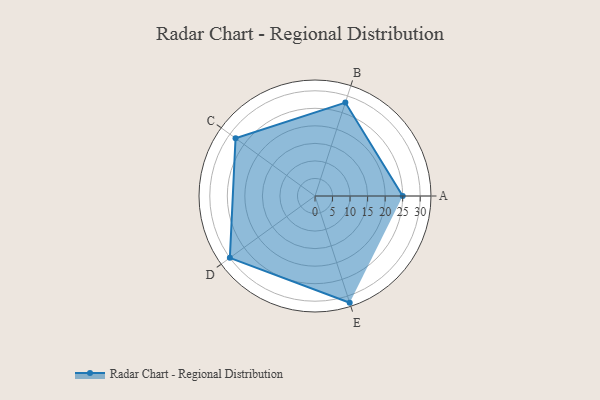
{"axis": {"x": "Skill", "y": "Score"}, "legend": ["Profile"], "data": [{"x": "A", "y": 25.0, "type": "Profile"}, {"x": "B", "y": 28.0, "type": "Profile"}, {"x": "C", "y": 28.0, "type": "Profile"}, {"x": "D", "y": 30.0, "type": "Profile"}, {"x": "E", "y": 32.0, "type": "Profile"}]}